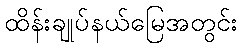
ထိန်းချုပ်နယ်မြေအတွင်း